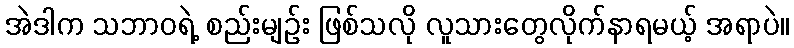
အဲဒါက သဘာဝရဲ့ စည်းမျဉ်း ဖြစ်သလို လူသားတွေလိုက်နာရမယ့် အရာပဲ။